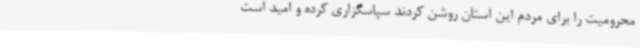
محرومیت را برای مردم این استان روشن کردند سپاسگزاری کرده و امید است